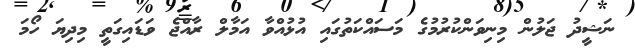
ނަޝީދު ޖަލުން މިނިވަންކުރުމުގެ މަސައްކަތުގައި އުޅުއްވާ އަމާލް ރާއްޖެ ވަޑައިގަތީ މިދިޔަ ހޯމަ